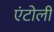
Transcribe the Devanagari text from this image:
एंटोली